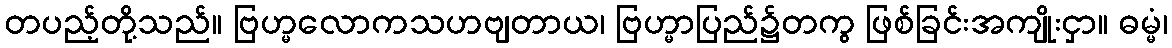
တပည့်တို့သည်။ ဗြဟ္မလောကသဟဗျတာယ၊ ဗြဟ္မာပြည်၌တကွ ဖြစ်ခြင်းအကျိုးငှာ။ ဓမ္မံ၊